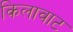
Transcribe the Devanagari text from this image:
किलावाट